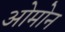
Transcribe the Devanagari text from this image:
ओमोन